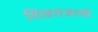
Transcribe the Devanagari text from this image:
शिवराजासी